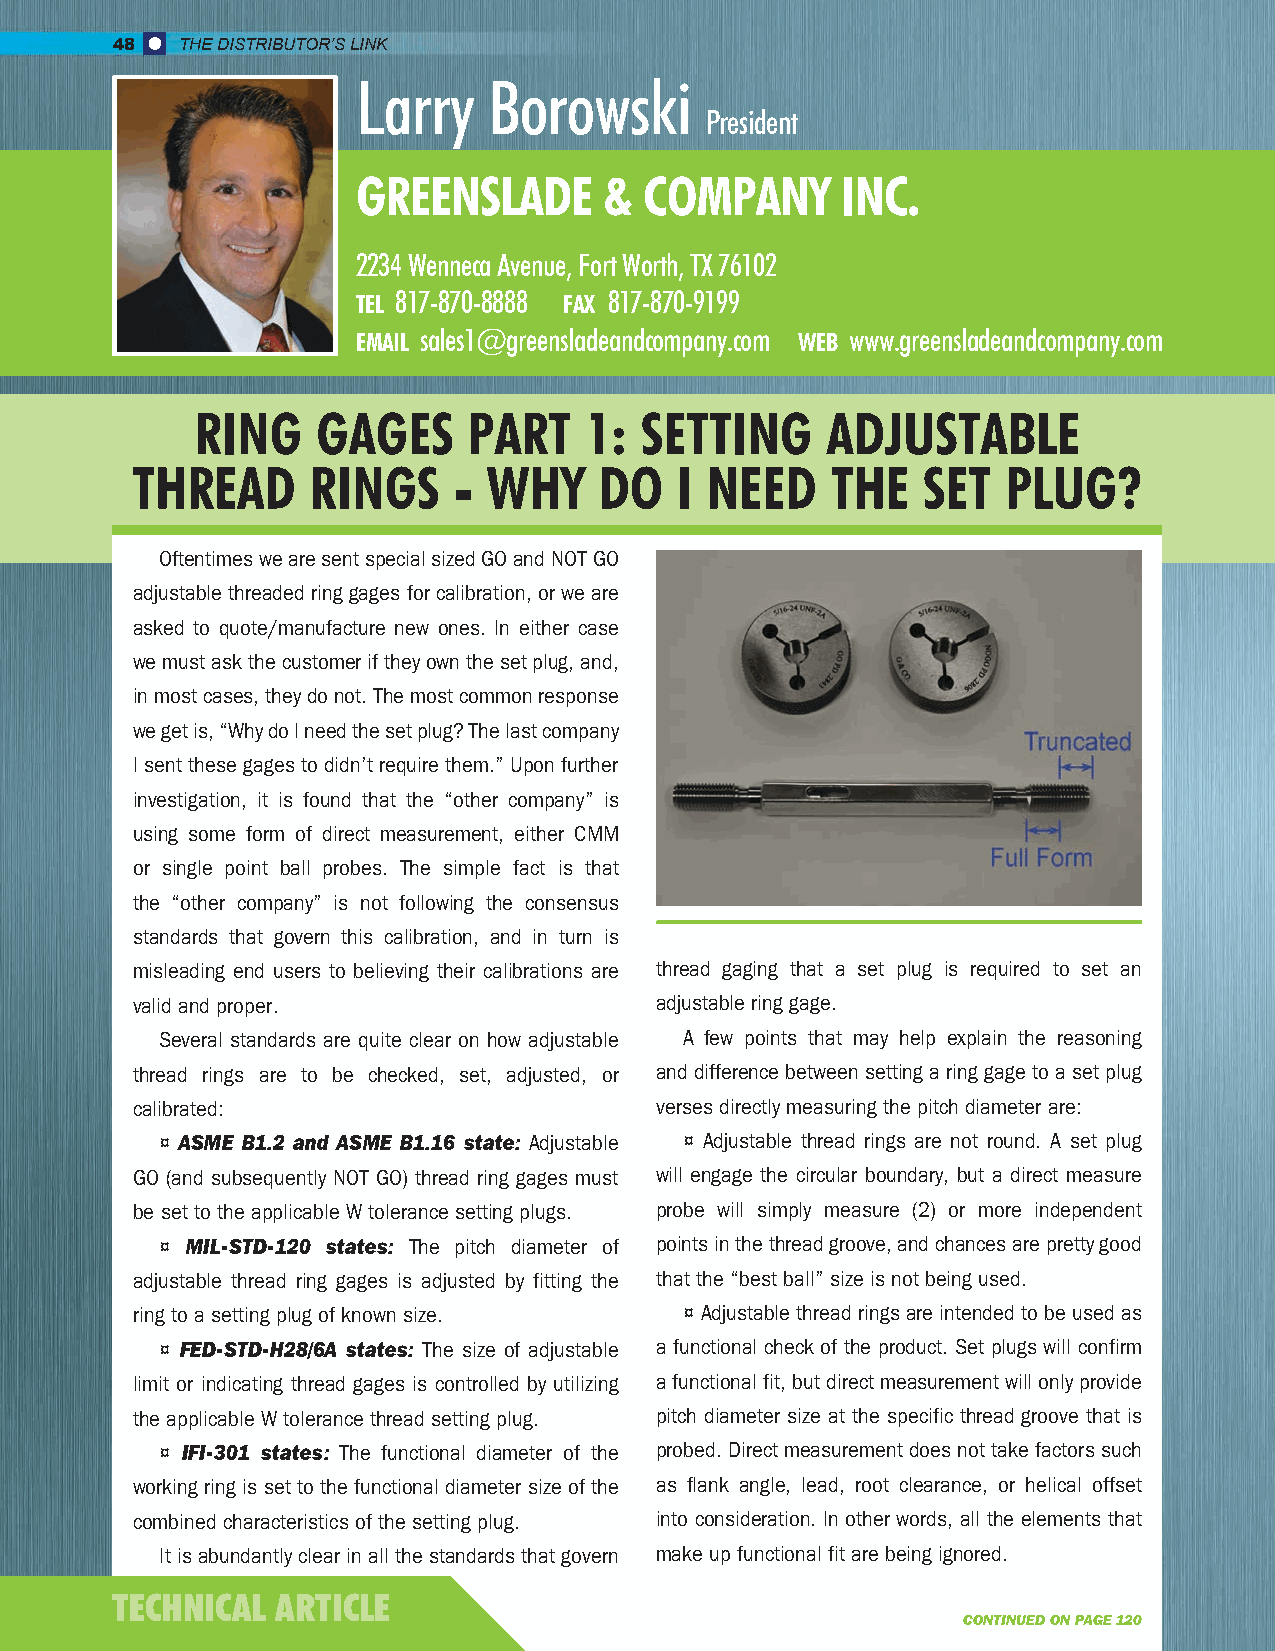
48   THE DISTRIBUTOR’S LINK
 Larry   Borowski
 President
 GREENSLADE      &  COMPANY      INC.
 2234 Wenneca Avenue, Fort Worth, TX 76102
 TEL 817-870-8888 FAX 817-870-9199
 EMAIL sales1@greensladeandcompany.com WEB www.greensladeandcompany.com
 RING    GAGES     PART    1: SETTING      ADJUSTABLE
 THREAD      RINGS    - WHY     DO   I NEED    THE   SET   PLUG?
 Oftentimes we are sent special sized GO and NOT GO
 adjustable threaded ring gages for calibration, or we are
 asked to quote/manufacture new ones. In either case
 we must ask the customer if they own the set plug, and,
 in most cases, they do not. The most common response
 we get is, “Why do I need the set plug? The last company
 I sent these gages to didn’t require them.” Upon further
 investigation, it is found that the “other company” is
 using some form of direct measurement, either CMM
 or single point ball probes. The simple fact is that
 the “other company” is not following the consensus
 standards that govern this calibration, and in turn is
 misleading end users to believing their calibrations are thread gaging that a set plug is required to set an
 valid and proper.                 adjustable ring gage.
 Several standards are quite clear on how adjustable A few points that may help explain the reasoning
 thread rings are to be checked, set, adjusted, or and difference between setting a ring gage to a set plug
 calibrated:                       verses directly measuring the pitch diameter are:
 ¤ ASME B1.2 and ASME B1.16 state: Adjustable ¤ Adjustable thread rings are not round. A set plug
 GO (and subsequently NOT GO) thread ring gages must will engage the circular boundary, but a direct measure
 be set to the applicable W tolerance setting plugs. probe will simply measure (2) or more independent
 ¤ MIL-STD-120 states: The pitch diameter of points in the thread groove, and chances are pretty good
 adjustable thread ring gages is adjusted by fitting the that the “best ball” size is not being used.
 ring to a setting plug of known size. ¤ Adjustable thread rings are intended to be used as
 ¤ FED-STD-H28/6A states: The size of adjustable a functional check of the product. Set plugs will confirm
 limit or indicating thread gages is controlled by utilizing a functional fit, but direct measurement will only provide
 the applicable W tolerance thread setting plug. pitch diameter size at the specific thread groove that is
 ¤ IFI-301 states: The functional diameter of the probed. Direct measurement does not take factors such
 working ring is set to the functional diameter size of the as flank angle, lead, root clearance, or helical offset
 combined characteristics of the setting plug. into consideration. In other words, all the elements that
 It is abundantly clear in all the standards that govern make up functional fit are being ignored.
 TECHNICAL  ARTICLE
 CONTINUED ON PAGE 120